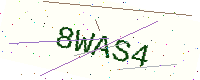
Text: 8WAS4